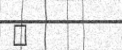
٤